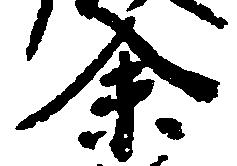
余